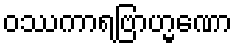
ဝဿကာရဗြာဟ္မဏော